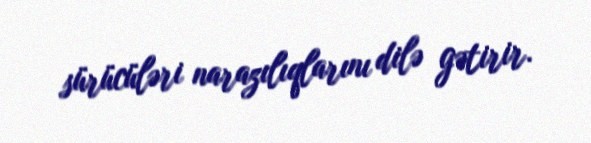
sürücüləri narazılıqlarını dilə gətirir.